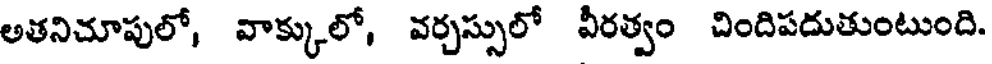
అతనిచూపులో, వాక్కులో, వర్చస్సులో వీరత్వం చిందిపదుతుంటుంది.